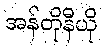
အန်တိုနီယို